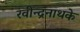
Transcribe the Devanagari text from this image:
रवीन्द्रनाथके